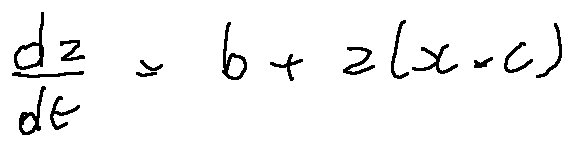
\frac { d z } { d t } = b + z ( x - c )